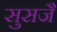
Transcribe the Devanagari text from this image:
सुसजै